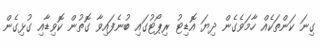
ގިނަ ކަންތަކެއް ހާމަވެގެން ދިޔަ އޮޑިޓު ރިޕޯޓުގައި ބުނެފައިވާ ގޮތުން ކޮވިޑާއި ގުޅިގެން